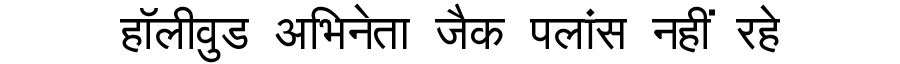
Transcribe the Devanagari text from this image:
हॉलीवुड अभिनेता जैक पलांस नहीं रहे